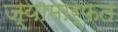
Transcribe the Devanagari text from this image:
ज्यामार्फत